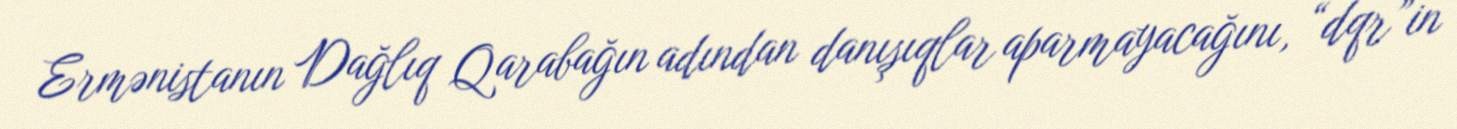
Ermənistanın Dağlıq Qarabağın adından danışıqlar aparmayacağını, “dqr”in